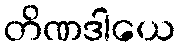
တိဏဒါယေ